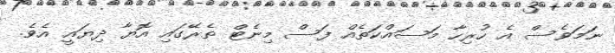
ނަމަވެސް އެ ހުރިހާ މަސައްކަތެއް ފަސް މިނެޓް ތެރޭގައި އޮޔާ ދިޔައީ އެވެ.